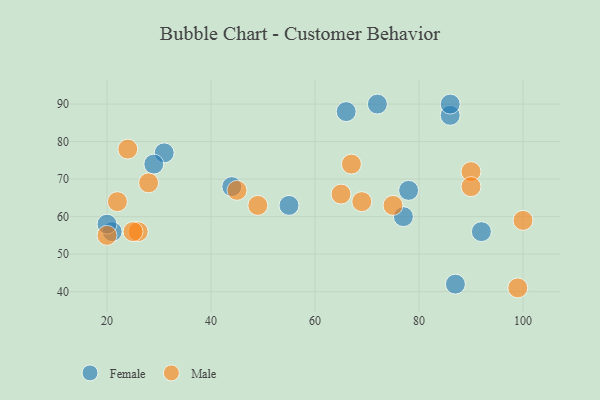
{"axis": {"x": "GDP", "y": "Life Expectancy"}, "legend": ["Female", "Male"], "data": [{"x": "66", "y": 88, "type": "Female"}, {"x": "31", "y": 77, "type": "Female"}, {"x": "21", "y": 56, "type": "Female"}, {"x": "55", "y": 63, "type": "Female"}, {"x": "77", "y": 60, "type": "Female"}, {"x": "72", "y": 90, "type": "Female"}, {"x": "86", "y": 87, "type": "Female"}, {"x": "86", "y": 90, "type": "Female"}, {"x": "92", "y": 56, "type": "Female"}, {"x": "20", "y": 58, "type": "Female"}, {"x": "44", "y": 68, "type": "Female"}, {"x": "78", "y": 67, "type": "Female"}, {"x": "29", "y": 74, "type": "Female"}, {"x": "87", "y": 42, "type": "Female"}, {"x": "49", "y": 63, "type": "Male"}, {"x": "67", "y": 74, "type": "Male"}, {"x": "28", "y": 69, "type": "Male"}, {"x": "24", "y": 78, "type": "Male"}, {"x": "26", "y": 56, "type": "Male"}, {"x": "65", "y": 66, "type": "Male"}, {"x": "90", "y": 72, "type": "Male"}, {"x": "75", "y": 63, "type": "Male"}, {"x": "100", "y": 59, "type": "Male"}, {"x": "45", "y": 67, "type": "Male"}, {"x": "99", "y": 41, "type": "Male"}, {"x": "25", "y": 56, "type": "Male"}, {"x": "20", "y": 55, "type": "Male"}, {"x": "69", "y": 64, "type": "Male"}, {"x": "22", "y": 64, "type": "Male"}, {"x": "90", "y": 68, "type": "Male"}]}